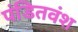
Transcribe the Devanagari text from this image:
पंडितवंश